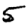
Digit: 5